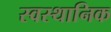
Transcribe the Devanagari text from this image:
स्वस्थानिक